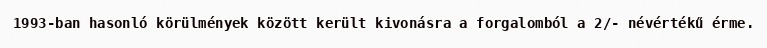
1993-ban hasonló körülmények között került kivonásra a forgalomból a 2/- névértékű érme.